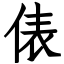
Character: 俵